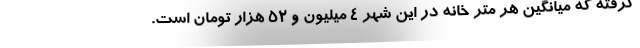
گرفته که میانگین هر متر خانه در این شهر ۴ میلیون و ۵۲ هزار تومان است.